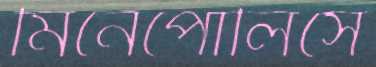
মিনেপোলিসে